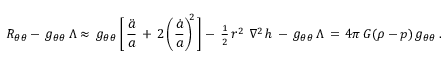
R _ { \theta \theta } - \, g _ { \theta \theta } \, \Lambda \approx \, g _ { \theta \theta } \, \biggl [ \, \frac { \ddot { a } } { a } \, + \, 2 \left( \frac { \dot { a } } { a } \right) ^ { \! \! 2 } \, \biggr ] - \, \textstyle { \frac { 1 } { 2 } } \, r ^ { 2 } \, \, \nabla ^ { 2 } \, h \, - \, g _ { \theta \theta } \, \Lambda \, = \, 4 \pi \, G ( \rho - p ) \, g _ { \theta \theta } \, .